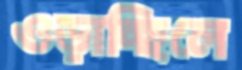
ওড়াচ্ছিলে